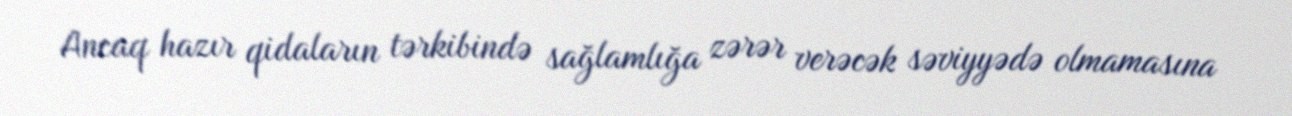
Ancaq hazır qidaların tərkibində sağlamlığa zərər verəcək səviyyədə olmamasına